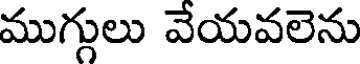
ముగ్గులు వేయవలెను